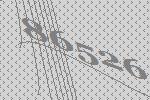
86526